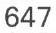
647